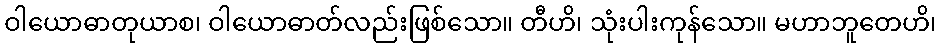
ဝါယောဓာတုယာစ၊ ဝါယောဓာတ်လည်းဖြစ်သော။ တီဟိ၊ သုံးပါးကုန်သော။ မဟာဘူတေဟိ၊